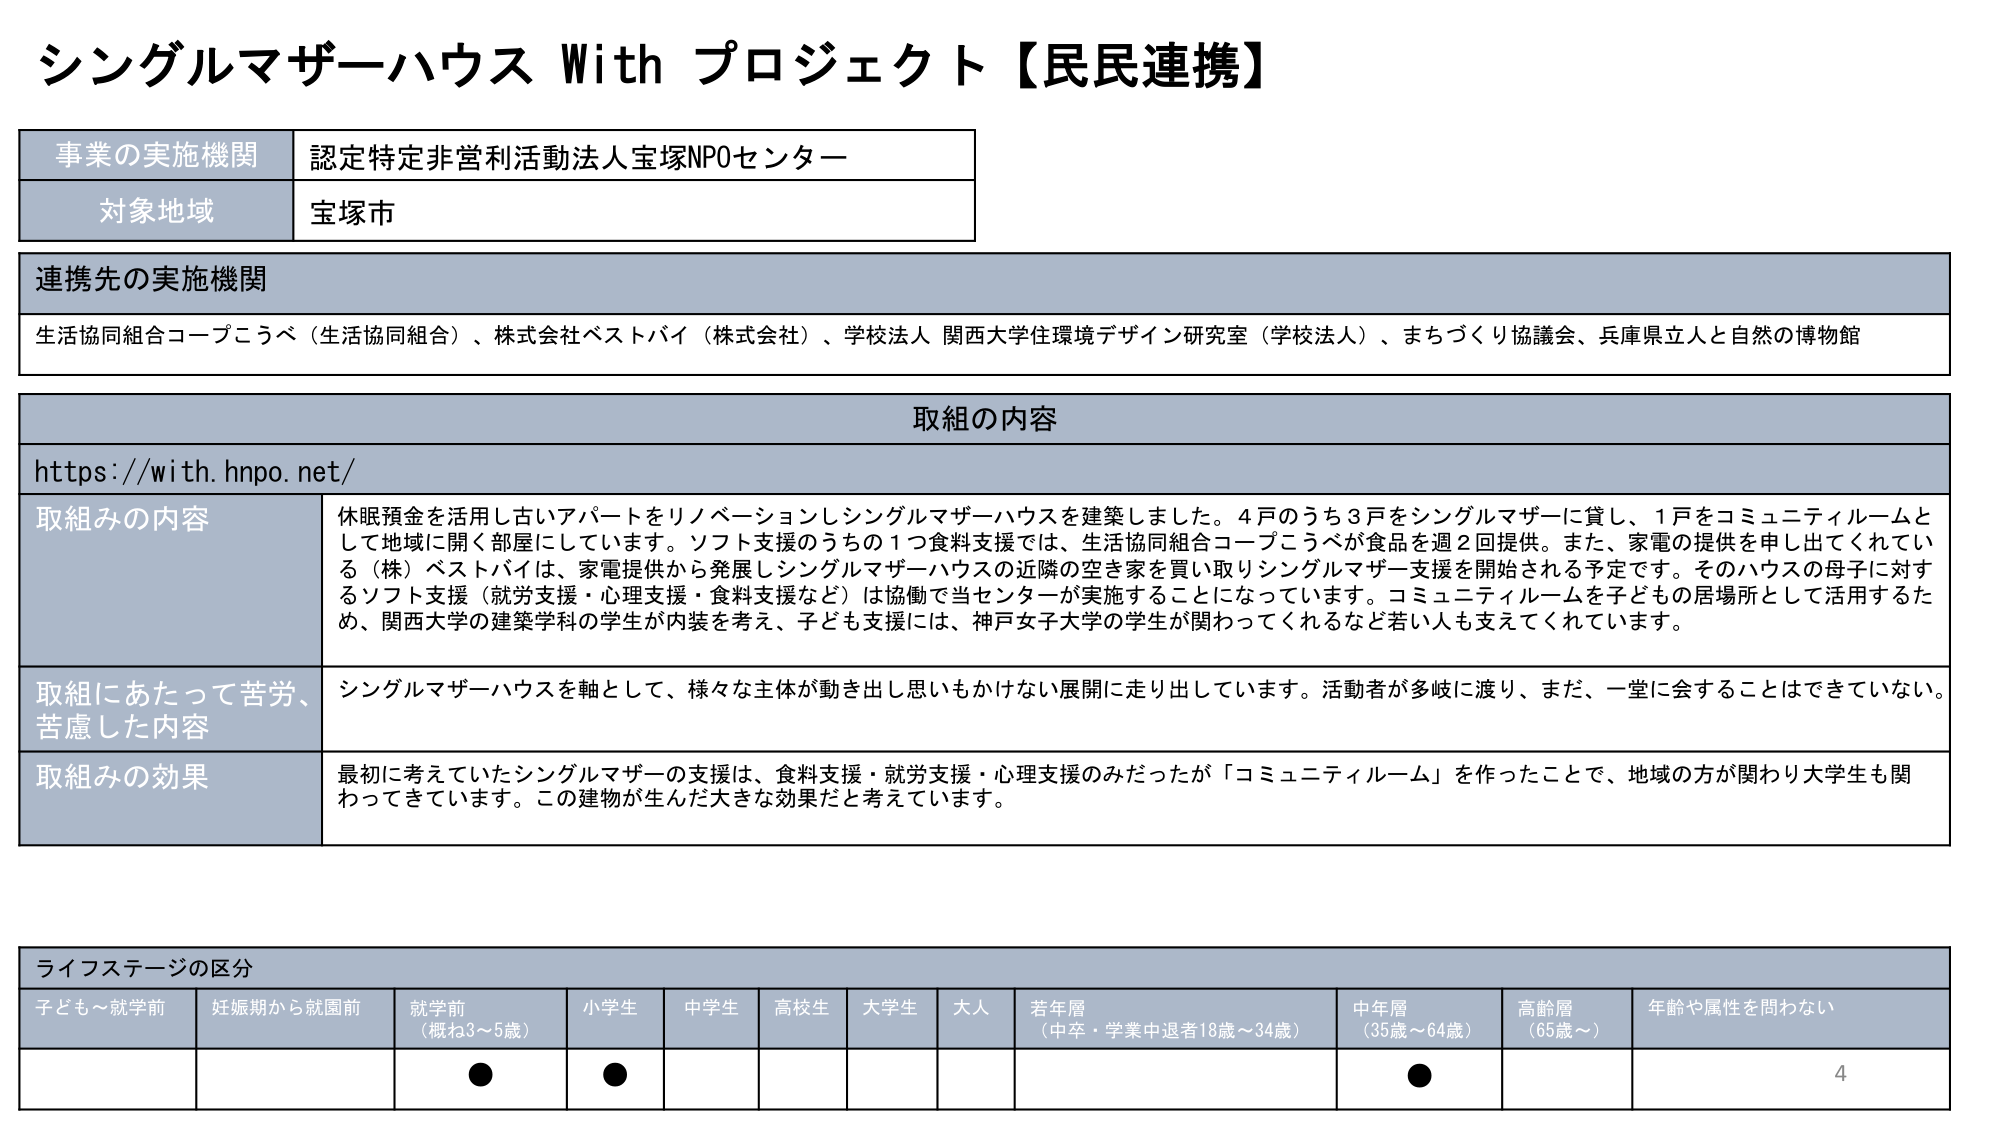
シングルマザーハウス With プロジェクト【民民連携】

事業の実施機関 認定特定非営利活動法人宝塚NPOセンター
対象地域 宝塚市

連携先の実施機関
生活協同組合コープこうべ（生活協同組合）、株式会社ベストバイ（株式会社）、学校法人 関西大学住環境デザイン研究室（学校法人）、まちづくり協議会、兵庫県立人と自然の博物館

取組の内容
https://with.hnpo.net/

取組みの内容 休眠預金を活用し古いアパートをリノベーションしシングルマザーハウスを建築しました。4戸のうち3戸をシングルマザーに貸し、1戸をコミュニティルームとして地域に開く部屋にしています。ソフト支援のうちの1つ食料支援では、生活協同組合コープこうべが食品を週2回提供。また、家電の提供を申し出てくれている（株）ベストバイは、家電提供から発展しシングルマザーハウスの近隣の空き家を買い取りシングルマザー支援を開始される予定です。そのハウスの母子に対するソフト支援（就労支援・心理支援・食料支援など）は協働で当センターが実施することになっています。コミュニティルームを子どもの居場所として活用するため、関西大学の建築学科の学生が内装を考え、子ども支援には、神戸女子大学の学生が関わってくれるなど若い人も支えてくれています。

取組にあたって苦労、苦慮した内容 シングルマザーハウスを軸として、様々な主体が動き出し思いもかけない展開に走り出しています。活動者が多岐に渡り、まだ、一堂に会することはできていない。

取組みの効果 最初に考えていたシングルマザーの支援は、食料支援・就労支援・心理支援のみだったが「コミュニティルーム」を作ったことで、地域の方が関わり大学生も関わってきています。この建物が生んだ大きな効果だと考えています。

ライフステージの区分
子ども～就学前 妊娠期から就園前 就学前（概ね3～5歳） 小学生 中学生 高校生 大学生 大人 若年層（中卒・学業中退者18歳～34歳） 中年層（35歳～64歳） 高齢層（65歳～） 年齢や属性を問わない
● ● ● 4